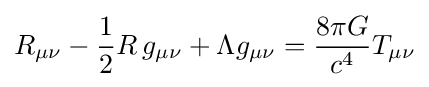
\displaystyle R_{\mu \nu }-{\textstyle 1 \over 2}R\,g_{\mu \nu }+\Lambda g_{\mu \nu }={\frac {8\pi G}{c^{4}}}T_{\mu \nu }